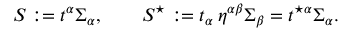
S : = t ^ { \alpha } \Sigma _ { \alpha } , \qquad S ^ { \star } : = t _ { \alpha } \, \eta ^ { \alpha \beta } \Sigma _ { \beta } = t ^ { \star \alpha } \Sigma _ { \alpha } .